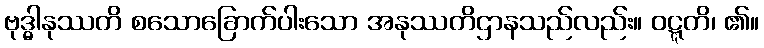
ဗုဒ္ဓါနုဿတိ စသောခြောက်ပါးသော အနုဿတိဌာနသည်လည်း။ ဝဋ္ဋတိ၊ ၏။